Report on the working of the mental hospitals for Indians in Bihar and Orissa - 1925-1929
Year: 1925
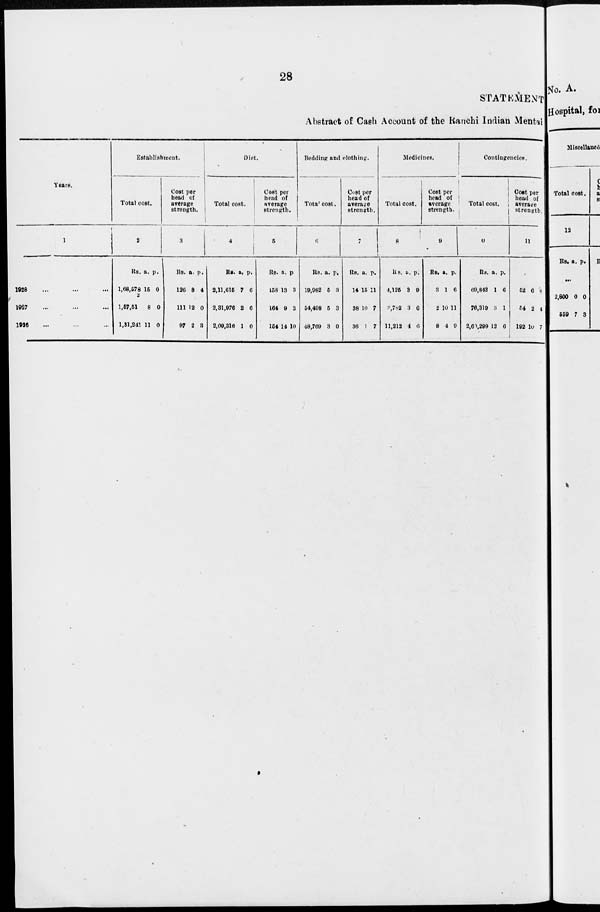
28
STATEMENT
Abstract of Cash Account of the Ranchi Indian Mental
Years.
1
1928 ... ... ...
1927 ... ... ...
1926 ... ... ...
Establishment.
Total cost.
2
Rs.
1,68,578
2
1,57,51
1,31,241
a.
15
8
11
p.
0
0
0
Cost per
bead of
average
strength.
3
Rs.
126
111
97
a.
8
12
2
p.
4
0
3
Diet.
Total cost.
4
Rs.
2,11,615
2,31,976
2,09,316
a.
7
2
1
p.
6
6
0
Cost per
head of
average
strength.
5
Rs.
158
164
154
a.
13
9
14
p.
3
3
10
Bedding and clothing.
Total cost.
6
Rs.
19,982
54,498
48,769
a.
5
5
3
p.
3
3
0
Cost per
head of
average
strength.
7
Rs.
14
38
36
a.
15
10
1
p.
11
7
7
Medicines.
Total cost.
8
Rs.
4,125
2,782
11,212
a.
3
3
4
p.
9
6
6
Cost per
head of
average
strength.
9
Rs.
3
2
8
a.
1
10
4
p.
6
11
9
Contingencies.
Total cost.
10
Rs.
69,843
76,319
2,60,299
a.
1
3
12
p.
6
1
6
Coat per
head of
average
strength.
11
52
54
192
6
2
10
8
4
7